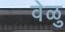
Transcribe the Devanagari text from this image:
वेळु